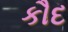
કૌદ